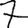
Digit: 7